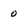
Character: 0